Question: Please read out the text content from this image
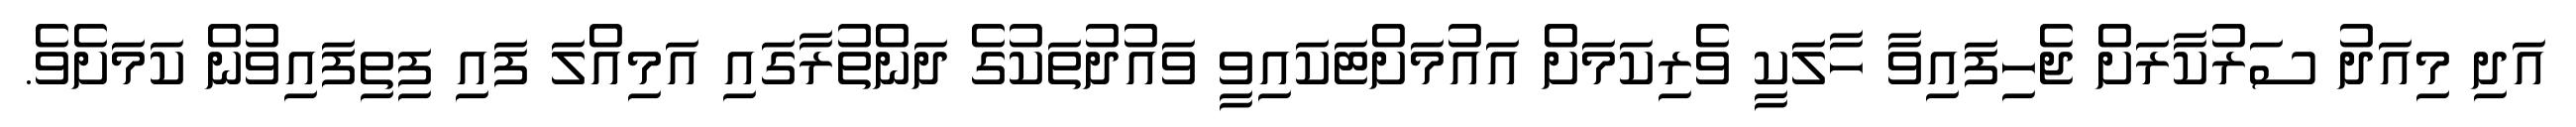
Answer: އަދި މިއަދު ސަރުކާރަށް ޖެހިފައިވާ ހާލަކީ ވެރިކަމަށް އައުމަށްޓަކައިވީ ވައުދުތަކުގެ ދަންތުރާގައި އަމިއްލަ ފައި ފިތިފައިވުން ކަމަށެވެ.